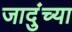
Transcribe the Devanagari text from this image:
जादुंच्या